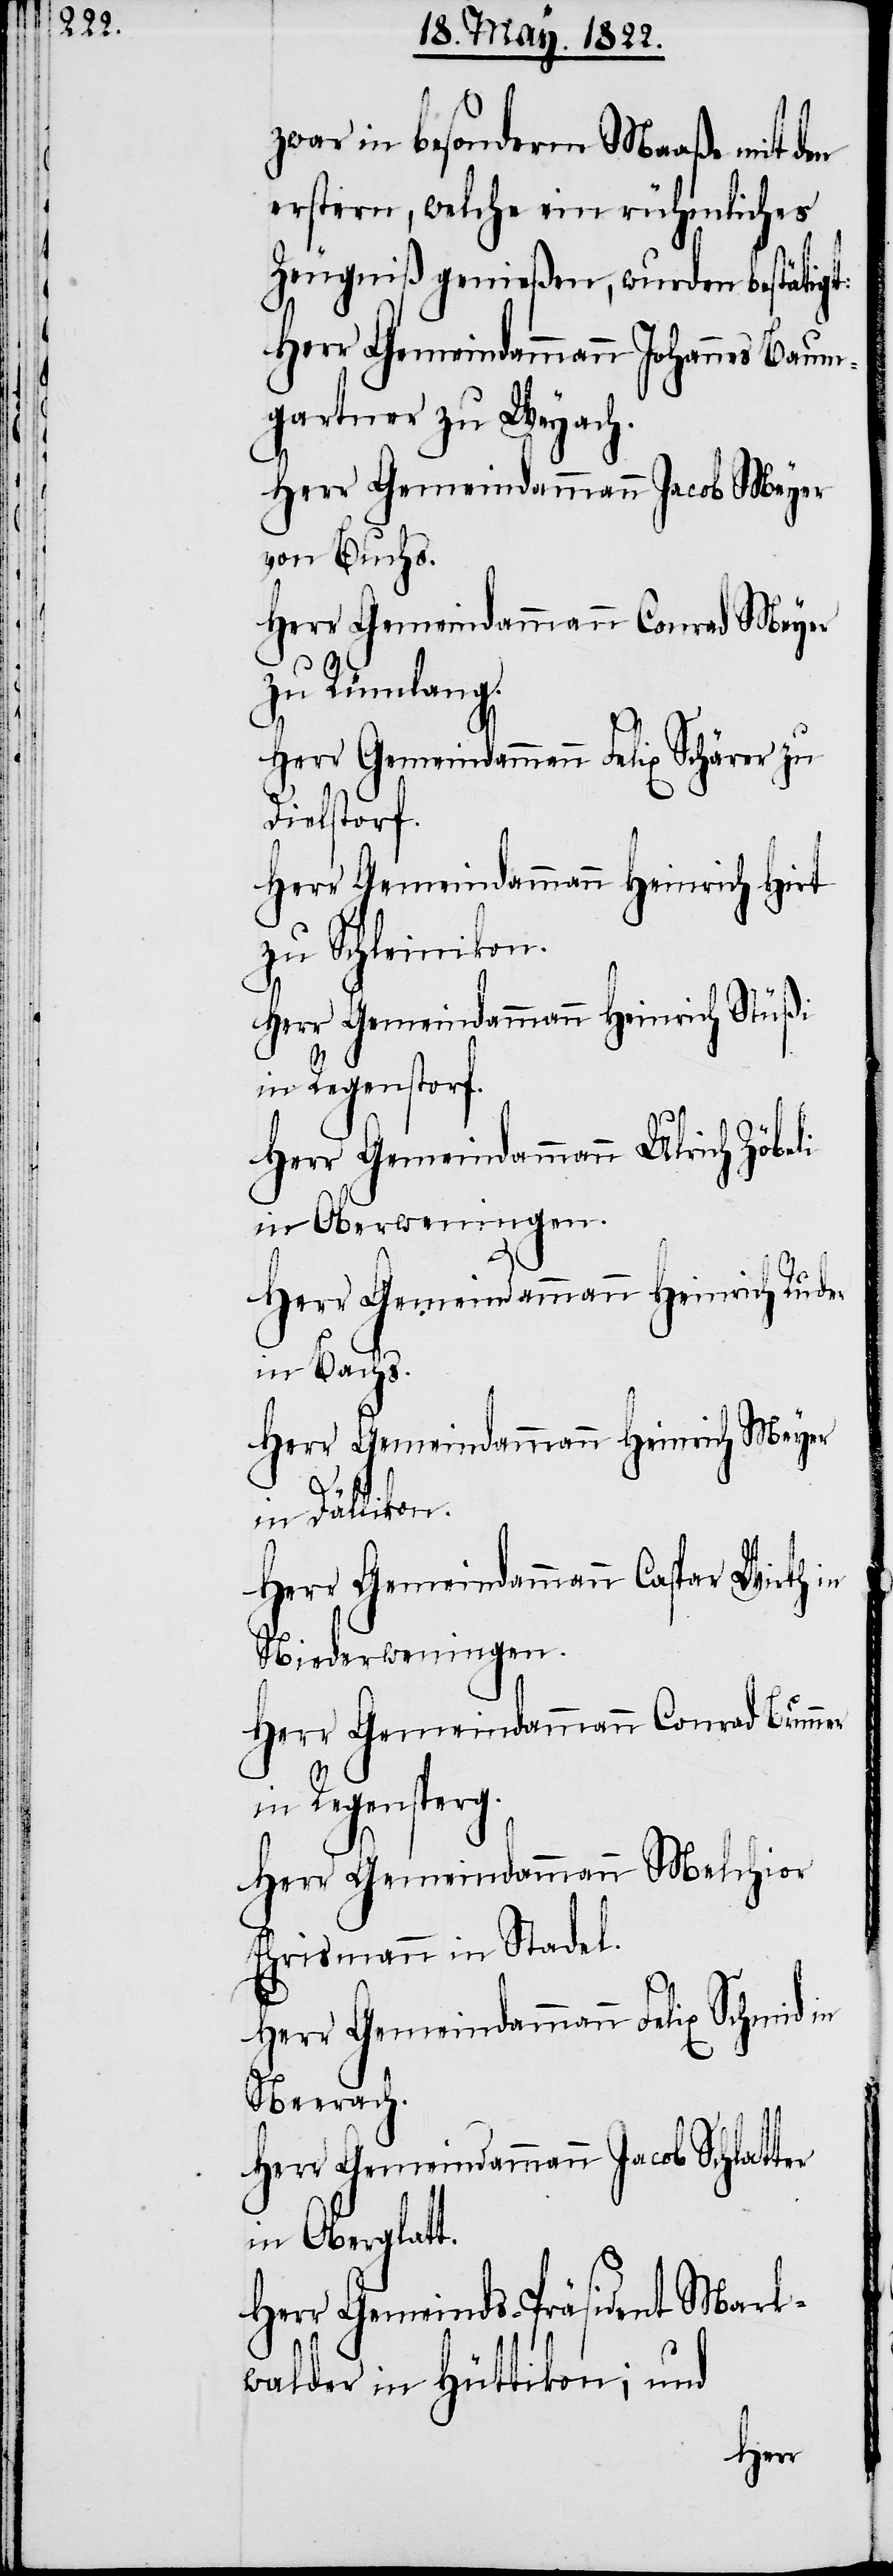
zwar in besonderm Maaße mit den
erstern, welche ein rühmliches
Zeugniß genießen, wurden bestätigt:
Herr Gemeindammann Johannes Baum¬
gartner zu Weyach.
Herr Gemeindammann Jacob Meyer
von Buchs.
Herr Gemeindammann Conrad Meyer
zu Rümlang.
Herr Gemeindammann Felix Schärer zu
Dielstorf.
Herr Gemeindammann Heinrich Hirt
zu Schleinikon.
Herr Gemeindammann Heinrich Stüßi
in Regenstorf.
Herr Gemeindammann Ulrich Zöbeli
in Oberweningen.
Herr Gemeindammann Heinrich Ruder
in Bachs.
Herr Gemeindammann Heinrich Meyer
in Dällikon.
Herr Gemeindammann Caspar Wirth in
Niederweningen.
Herr Gemeindammann Conrad Brunner
in Regensperg.
Herr Gemeindammann Melchior
Ehrismann in Stadel.
Herr Gemeindammann Felix Schmid in
Neerach.
Herr Gemeindammann Jacob Schlatter
in Oberglatt.
Herr Gemeinds-Präsident Mark¬
walder in Hüttikon; und